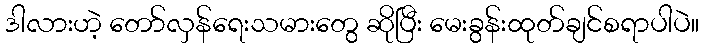
ဒါလားဟဲ့ တော်လှန်ရေးသမားတွေ ဆိုပြီး မေးခွန်းထုတ်ချင်စရာပါပဲ။